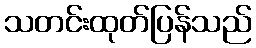
သတင်းထုတ်ပြန်သည်